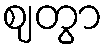
ဈတွာ